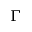
\Gamma